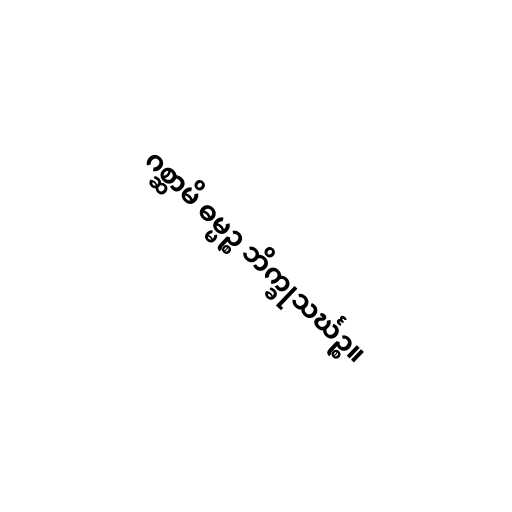
ဂစ္ဆာမိ ဓမ္မဉ္စ ဘိက္ခုသင်္ဃဉ္စ။